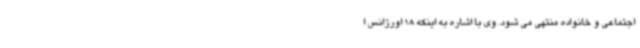
اجتماعی و خانواده منتهی می شود. وی با اشاره به اینکه 18 اورژانس ا